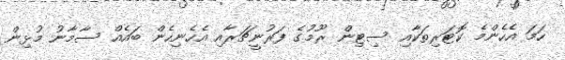
ހަމަ އެހެންމެ ކޮޓަރިތަކާއި ސިޓިން ރޫމުގެ ފަރުނީޗަރާއި އެހެނިހެން ބައެއް ސާމާނު މުޅިން